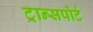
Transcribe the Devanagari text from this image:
ट्रान्‍सपोर्ट